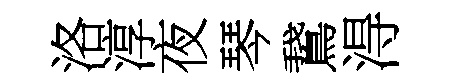
洛淳夜琴鵞淂